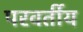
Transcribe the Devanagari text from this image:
परवर्तीय